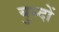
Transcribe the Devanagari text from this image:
युध्दों